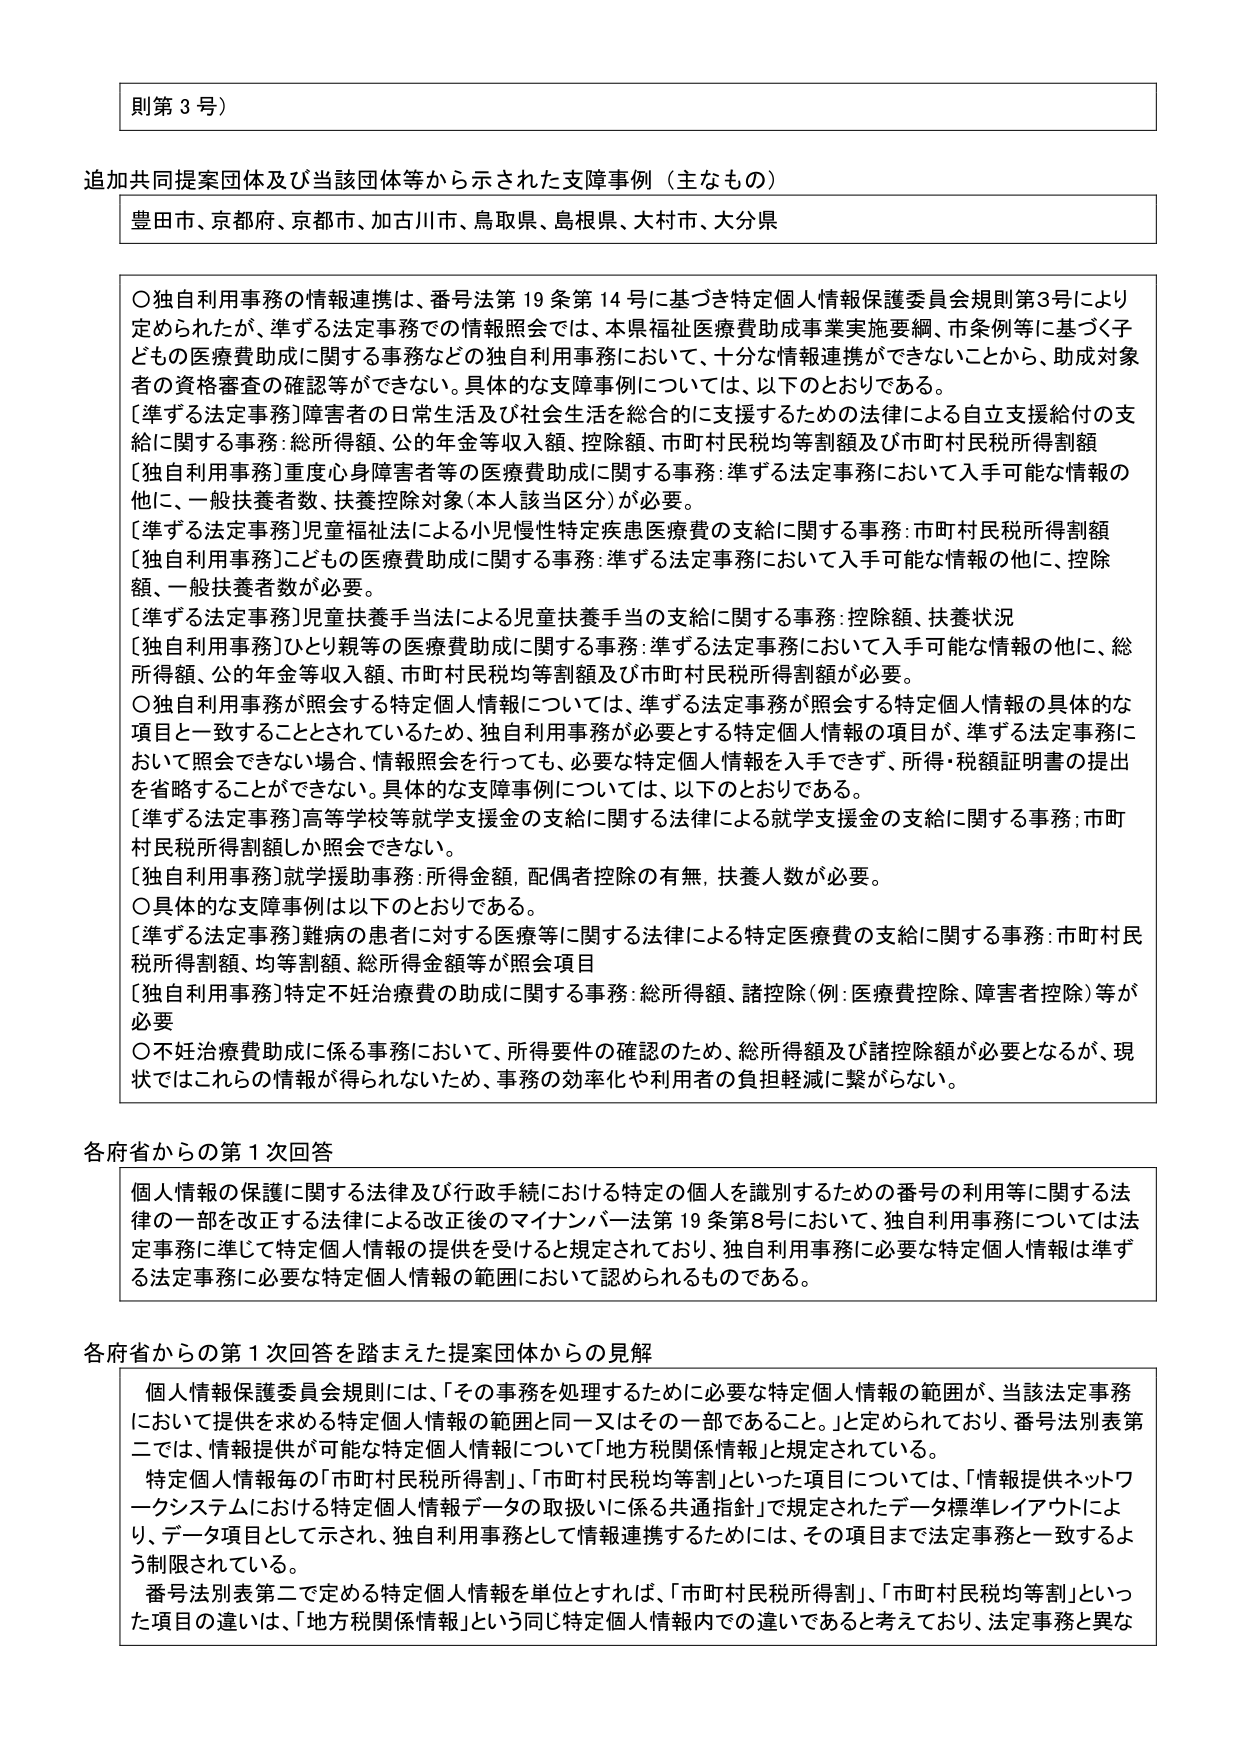
則第３号）

追加共同提案団体及び当該団体等から示された支援事例（主なもの）
豊田市、京都府、京都市、加古川市、鳥取県、島根県、大村市、大分県

○独自利用事務の情報連携は、番号法第19条第14号に基づき特定個人情報保護委員会規則第3号により定められたが、準ずる法定事務での情報照会では、本県福祉医療費助成事業実施要綱、市条例等に基づく子どもの医療費助成に関する事務などの独自利用事務において、十分な情報連携ができないことから、助成対象者の資格審査の確認等ができない。具体的な支障事例については、以下のとおりである。
［準ずる法定事務］障害者の日常生活及び社会生活を総合的に支援するための法律による自立支援給付の支給に関する事務：総所得額、公的年金等収入額、控除額、市町村民税均等割額及び市町村民税所得割額
［独自利用事務］重度心身障害者等の医療費助成に関する事務：準ずる法定事務において入手可能な情報の他に、一般扶養者数、扶養控除対象（本人該当区分）が必要。
［準ずる法定事務］児童福祉法による小児慢性特定疾患医療費の支給に関する事務：市町村民税所得割額
［独自利用事務］こどもの医療費助成に関する事務：準ずる法定事務において入手可能な情報の他に、控除額、一般扶養者数が必要。
［準ずる法定事務］児童扶養手当法による児童扶養手当の支給に関する事務：控除額、扶養状況
［独自利用事務］ひとり親等の医療費助成に関する事務：準ずる法定事務において入手可能な情報の他に、総所得額、公的年金等収入額、市町村民税均等割額及び市町村民税所得割額が必要。
○独自利用事務が照会する特定個人情報については、準ずる法定事務が照会する特定個人情報の具体的な項目と一致することとされているため、独自利用事務に必要とする特定個人情報の項目が、準ずる法定事務において照会できない場合、情報照会を行っても、必要な特定個人情報を入手できず、所得・税額証明書の提出を省略することができない。具体的な支障事例については、以下のとおりである。
［準ずる法定事務］高等学校等就学支援金の支給に関する法律による就学支援金の支給に関する事務：市町村民税所得割額しか照会できない。
［独自利用事務］就学援助事務：所得金額、配偶者控除の有無、扶養人数が必要。
○具体的な支障事例は以下のとおりである。
［準ずる法定事務］難病の患者に対する医療等に関する法律による特定医療費の支給に関する事務：市町村民税所得割額、均等割額、総所得金額等が照会項目
［独自利用事務］特定不妊治療費の助成に関する事務：総所得額、諸控除（例：医療費控除、障害者控除）等が必要
○不妊治療費助成に係る事務において、所得要件の確認のため、総所得額及び諸控除額が必要となるが、現状ではこれらの情報が得られないため、事務の効率化や利用者の負担軽減に繋がらない。

各府省からの第１次回答
個人情報の保護に関する法律及び行政手続における特定の個人を識別するための番号の利用等に関する法律の一部を改正する法律による改正後のマイナンバー法第19条第8号において、独自利用事務については法定事務に準じて特定個人情報の提供を受けると規定されており、独自利用事務に必要な特定個人情報は準ずる法定事務に必要な特定個人情報の範囲において認められるものである。

各府省からの第１次回答を踏まえた提案団体からの見解
個人情報保護委員会規則には、「その事務を処理するために必要な特定個人情報の範囲が、当該法定事務において提供を求める特定個人情報の範囲と同一又はその一部であること。」と定められており、番号法別表第二では、情報提供が可能な特定個人情報について「地方税関係情報」と規定されている。
特定個人情報毎の「市町村民税所得割」、「市町村民税均等割」といった項目については、「情報提供ネットワークシステムにおける特定個人情報データの取扱いに係る共通指針」で規定されたデータ標準レイアウトにより、データ項目として示され、独自利用事務として情報連携するためには、その項目まで法定事務と一致するよう制限されている。
番号法別表第二で定める特定個人情報を単位とすれば、「市町村民税所得割」、「市町村民税均等割」といった項目の違いは、「地方税関係情報」という同じ特定個人情報内での違いであると考えており、法定事務と異な